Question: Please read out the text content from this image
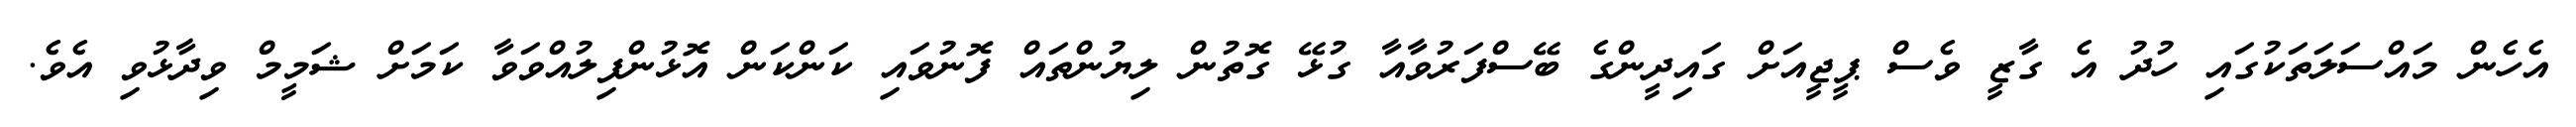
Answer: އެހެން މައްސަލަތަކުގައި ހުދު އެ ގާޒީ ވެސް ޕީޖީއަށް ގައިދީންގެ ބޭސްފަރުވާއާ ގުޅޭ ގޮތުން ލިޔުންތައް ފޮނުވައި ކަންކަން އޮޅުންފިލުއްވަވާ ކަމަށް ޝަމީމް ވިދާޅުވި އެވެ.